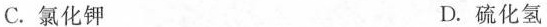
C.氯化钾 D.硫化氢